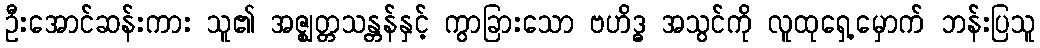
ဦးအောင်ဆန်းကား သူ၏ အဇ္ဈတ္တသန္တန်နှင့် ကွာခြားသော ဗဟိဒ္ဓ အသွင်ကို လူထုရှေ့မှောက် ဘန်းပြသူ